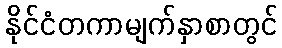
နိုင်ငံတကာမျက်နှာစာတွင်